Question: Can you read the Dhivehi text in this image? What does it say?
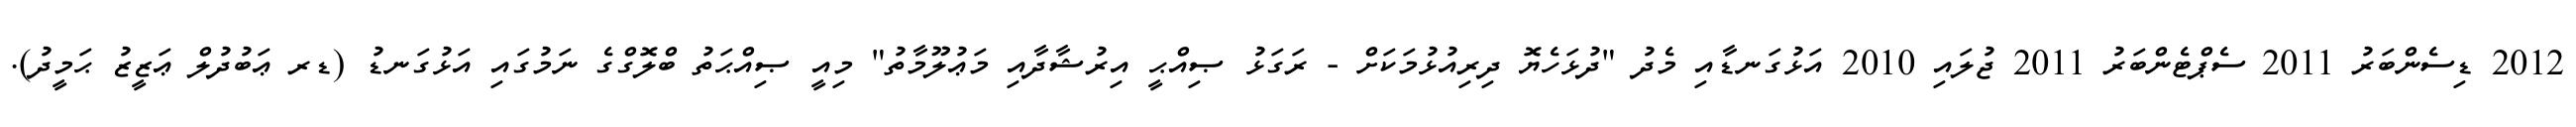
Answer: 2012 ޑިސެންބަރު 2011 ސެޕްޓެންބަރު 2011 ޖުލައި 2010 އަޅުގަނޑާއި މެދު "ދުޅަހެޔޮ ދިރިއުޅުމަކަށް - ރަގަޅު ޞިއްޙީ އިރުޝާދާއި މަޢުލޫމާތު" މިއީ ޞިއްޙަތު ބްލޮގްގެ ނަމުގައި އަޅުގަނޑު (ޑރ ޢަބުދުލް ޢަޒީޒު ޙަމީދު).